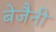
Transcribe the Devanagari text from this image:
बेजैनी